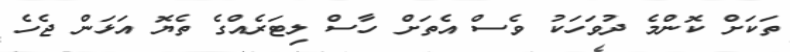
ތަކަަށް ކޮންމެ ދުވަހަކު ވެސް އެތަށް ހާސް ލިޓަރެއްގެ ތެޔޮ އަޅަން ޖެހެ